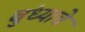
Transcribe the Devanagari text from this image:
बुंध्याचे